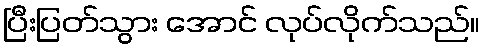
ပြီးပြတ်သွား အောင် လုပ်လိုက်သည်။